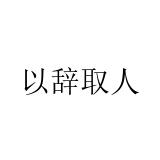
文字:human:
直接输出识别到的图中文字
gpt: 以辞取人